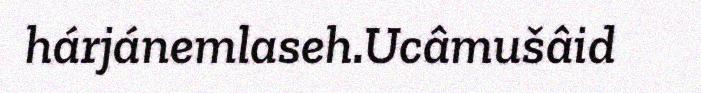
hárjánemlaseh.Ucâmušâid